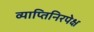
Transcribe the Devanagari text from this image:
व्याप्तिनिरपेक्ष